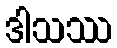
ဒါသဿ